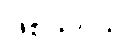
ဖြစ်ပါတယ်။